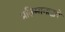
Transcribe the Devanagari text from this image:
प्रतिमानाद्वारे